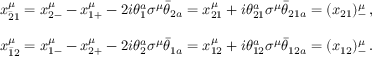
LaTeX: \begin{array} { c } { { x _ { \bar { 2 } 1 } ^ { \mu } = x _ { 2 - } ^ { \mu } - x _ { 1 + } ^ { \mu } - 2 i \theta _ { 1 } ^ { a } \sigma ^ { \mu } \bar { \theta } _ { 2 a } = x _ { 2 1 } ^ { \mu } + i \theta _ { 2 1 } ^ { a } \sigma ^ { \mu } \bar { \theta } _ { 2 1 a } = ( x _ { 2 1 } ) _ { - } ^ { \mu } \, , } } \\ { { { } } } \\ { { x _ { \bar { 1 } 2 } ^ { \mu } = x _ { 1 - } ^ { \mu } - x _ { 2 + } ^ { \mu } - 2 i \theta _ { 2 } ^ { a } \sigma ^ { \mu } \bar { \theta } _ { 1 a } = x _ { 1 2 } ^ { \mu } + i \theta _ { 1 2 } ^ { a } \sigma ^ { \mu } \bar { \theta } _ { 1 2 a } = ( x _ { 1 2 } ) _ { - } ^ { \mu } \, . } } \end{array}